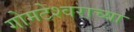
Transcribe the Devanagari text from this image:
गोमटेश्‍वराच्या